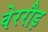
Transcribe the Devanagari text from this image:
वेररौड़